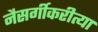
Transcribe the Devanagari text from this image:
नैसर्गीकरीत्या